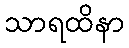
သာရထိနာ